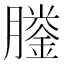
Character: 𦡎